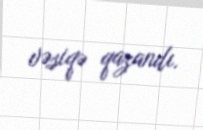
vəsiqə qazandı.